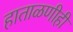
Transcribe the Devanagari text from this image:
हाताळणीही